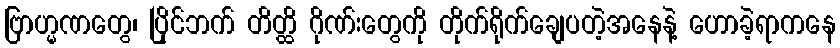
ဗြာဟ္မဏတွေ၊ ပြိုင်ဘက် တိတ္ထိ ဂိုဏ်းတွေကို တိုက်ရိုက်ချေပတဲ့အနေနဲ့ ဟောခဲ့ရာကနေ